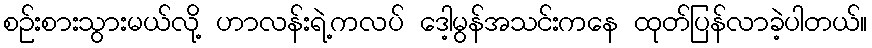
စဉ်းစားသွားမယ်လို့ ဟာလန်းရဲ့ကလပ် ဒေါ့မွန်အသင်းကနေ ထုတ်ပြန်လာခဲ့ပါတယ်။